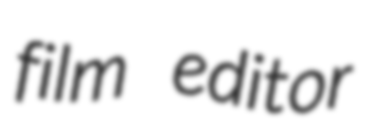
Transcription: film editor